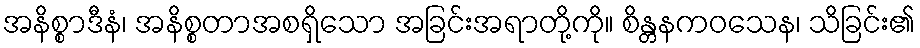
အနိစ္စာဒီနံ၊ အနိစ္စတာအစရှိသော အခြင်းအရာတို့ကို။ စိန္တနကဝသေန၊ သိခြင်း၏